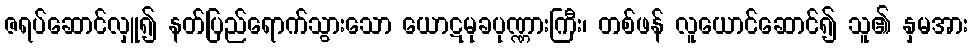
ဇရပ်ဆောင်လှူ၍ နတ်ပြည်ရောက်သွားသော ယောဋမုခပုဏ္ဏားကြီး၊ တစ်ဖန် လူယောင်ဆောင်၍ သူ၏ နှမအား